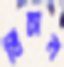
খিঁচান